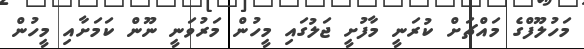
މަހުލޫފްގެ މައްޗަށް ކުރަނީ މާފުށީ ޖަލުގައި މީހުން މަރުވަނީ ނޫން ކަމަށާއި މީހުން